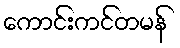
ကောင်းကင်တမန်